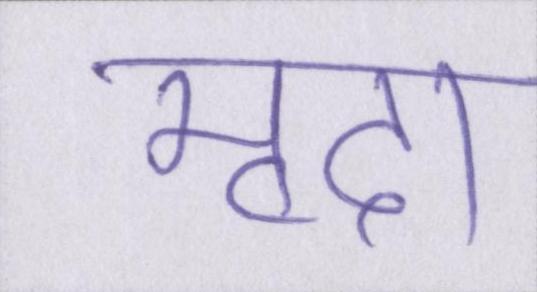
मृदा